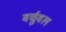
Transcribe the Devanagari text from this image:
वर्चुवल